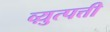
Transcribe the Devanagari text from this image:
व्य़ुत्पत्ती